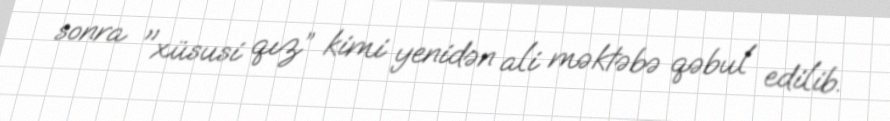
sonra "xüsusi qız” kimi yenidən ali məktəbə qəbul edilib.